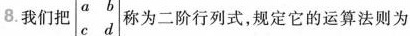
8.我们把 $$\left\{ \begin{matrix} a \quad b \\ c \quad d \\ \end{matrix} \right.$$ 称为二阶行列式，规定它的运算法则为